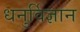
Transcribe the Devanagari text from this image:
धनुर्विज्ञान